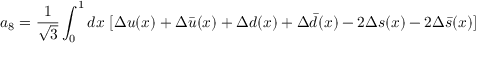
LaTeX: a _ { 8 } = { \frac { 1 } { \sqrt { 3 } } } \int _ { 0 } ^ { 1 } d x ~ [ \Delta u ( x ) + \Delta \bar { u } ( x ) + \Delta d ( x ) + \Delta \bar { d } ( x ) - 2 \Delta s ( x ) - 2 \Delta \bar { s } ( x ) ]